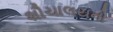
શૌચાલયનો